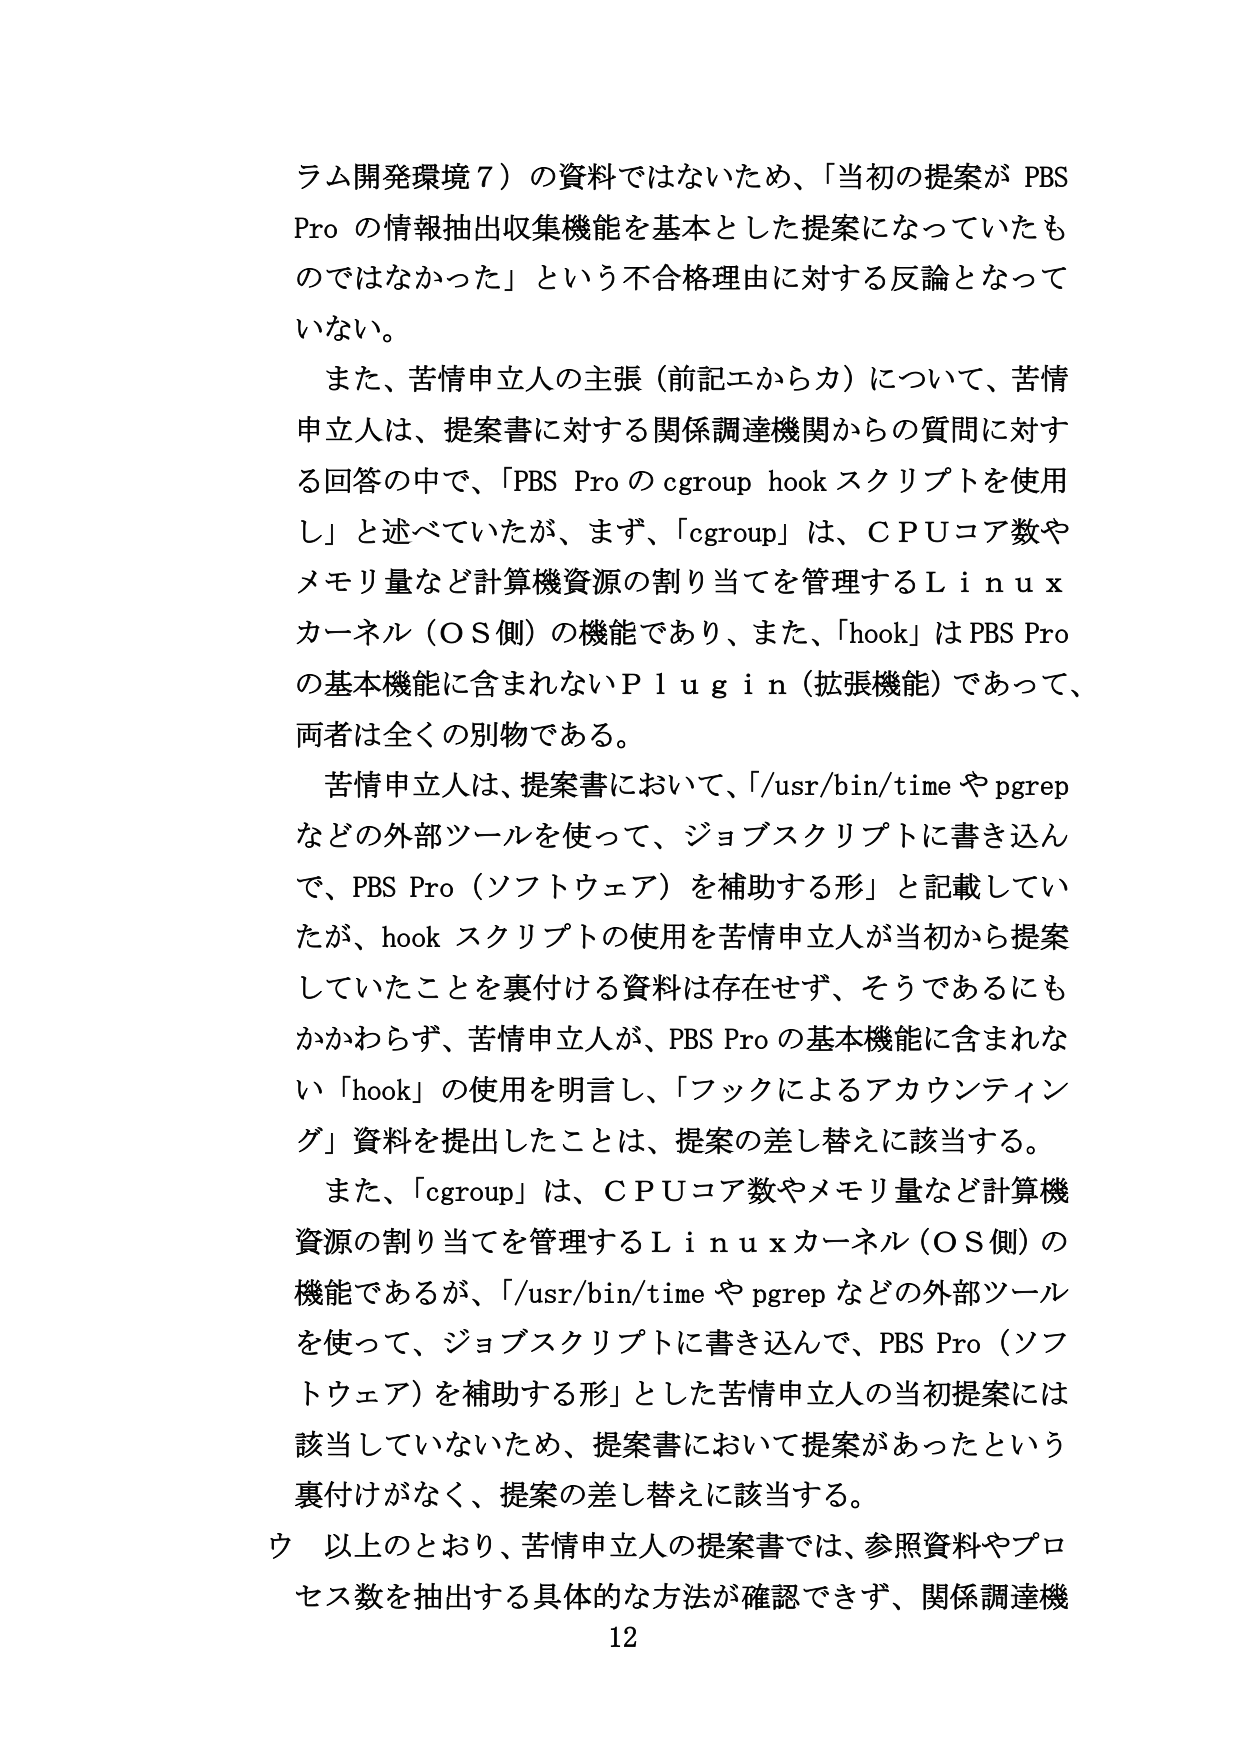
ラム開発環境７）の資料ではないため、「当初の提案が PBS Pro の情報抽出収集機能を基本とした提案になっていたものではなかった」という不合格理由に対する反論となっていない。

また、苦情申立人の主張（前記エからカ）について、苦情申立人は、提案書に対する関係調達機関からの質問に対する回答の中で、「PBS Pro の cgroup hook スクリプトを使用し」と述べていたが、まず、「cgroup」は、ＣＰＵコア数やメモリ量など計算機資源の割り当てを管理するＬｉｎｕｘカーネル（ＯＳ側）の機能であり、また、「hook」は PBS Pro の基本機能に含まれないＰｌｕｇｉｎ（拡張機能）であって、両者は全くの別物である。

苦情申立人は、提案書において、「/usr/bin/time や pgrep などの外部ツールを使って、ジョブスクリプトに書き込んで、PBS Pro（ソフトウェア）を補助する形」と記載していたが、hook スクリプトの使用を苦情申立人が当初から提案していたことを裏付ける資料は存在せず、そうであるにもかかわらず、苦情申立人が、PBS Pro の基本機能に含まれない「hook」の使用を明言し、「フックによるアカウンティング」資料を提出したことは、提案の差し替えに該当する。

また、「cgroup」は、ＣＰＵコア数やメモリ量など計算機資源の割り当てを管理するＬｉｎｕｘカーネル（ＯＳ側）の機能であるが、「/usr/bin/time や pgrep などの外部ツールを使って、ジョブスクリプトに書き込んで、PBS Pro（ソフトウェア）を補助する形」とした苦情申立人の当初提案には該当していないため、提案書において提案があったという裏付けがなく、提案の差し替えに該当する。

ウ 以上のとおり、苦情申立人の提案書では、参照資料やプロセス数を抽出する具体的な方法が確認できず、関係調達機

12